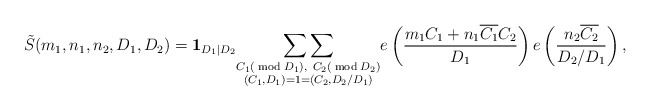
\begin{align*}\tilde{S}(m_1, n_1, n_2, D_1, D_2) = \textbf{1}_{D_1 | D_2} \underset{\substack{C_1 (\bmod{D_1}),\ C_2(\bmod{D_2}) \\ (C_1, D_1) = 1 = (C_2, D_2/D_1)}}{\sum \sum} e\left(\frac{m_1 C_1 + n_1 \overline{C_1} C_2}{D_1}\right) e\left(\frac{n_2 \overline{C_2}}{D_2/D_1}\right),\end{align*}